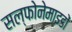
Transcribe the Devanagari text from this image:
सल्फोनेमाइडों